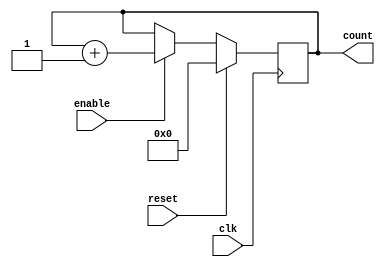
`timescale 1ns / 1ps
//////////////////////////////////////////////////////////////////////////////////
// Company: VirtualSamaj
// 
// Design Name: 
// Module Name: Counter
// Project Name: 
// Target Devices: 
// Tool Versions: 
// Description: 
// 
// Dependencies: 
// 
// Revision:
// Revision 0.01 - File Created
// Additional Comments:
// 
//////////////////////////////////////////////////////////////////////////////////


module counter(
    input clk,
    input reset,
    input enable,
    output reg [3:0] count
    );
    
    always @(posedge clk) begin
        if(reset == 1'b1) begin
            count <= 0;
        end
        else if (enable == 1'b1) begin
            count <= count + 1;
        end
    end
    
endmodule